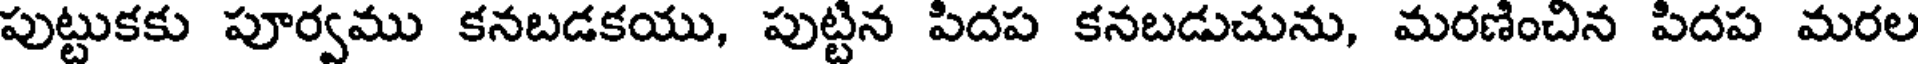
పుట్టుకకు పూర్వము కనబడకయు, పుట్టిన పిదప కనబడుచును, మరణించిన పిదప మరల